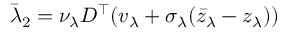
\bar { \lambda } _ { 2 } = \nu _ { \lambda } D ^ { \top } ( v _ { \lambda } + \sigma _ { \lambda } ( \bar { z } _ { \lambda } - z _ { \lambda } ) )